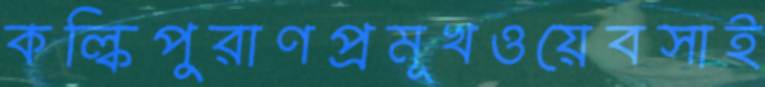
কল্কিপুরাণপ্রমূখওয়েবসাই